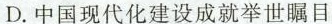
D.中国现代化建设成就举世瞩目